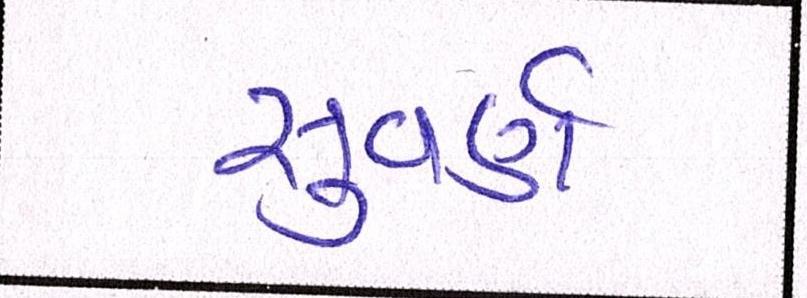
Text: સુવર્ણ